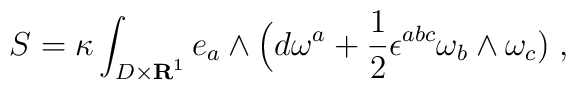
S= \kappa \int_{D \times {\bf R}^1} e_a \wedge \Bigl(d\omega^a+ {1\over 2}\epsilon^{abc}\omega_b\wedge\omega_c\bigr) \;,